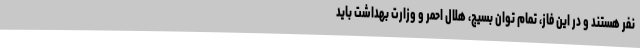
نفر هستند و در این فاز، تمام توان بسیج، هلال احمر و وزارت بهداشت باید